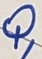
Text: Q1